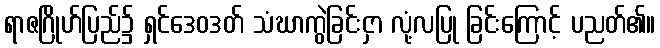
ရာဇဂြိုဟ်ပြည်၌ ရှင်ဒေဝဒတ် သံဃာကွဲခြင်းငှာ လုံ့လပြု ခြင်းကြောင့် ပညတ်၏။